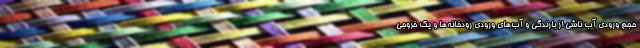
حجم ورودی آب ناشی از بارندگی‌ و آب‌های ورودی رودخانه‌ها و یک خروجی